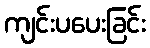
ကျင်းပပေးခြင်း